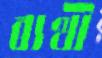
ব্যথী